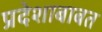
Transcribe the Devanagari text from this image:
प्रदेशाबाबत